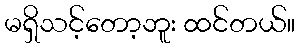
မရှိသင့်တော့ဘူး ထင်တယ်။